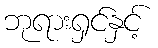
ဘုရားရှင်နှင့်